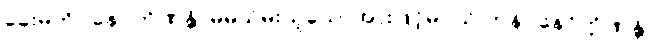
ခေးမကို။ နေဝကိဏန္တိ၊ မိမိသိမ်းယူသောအားဖြင့်မဝယ် ကုန်။ နေဝိက္ကိဏန္တိ၊